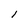
Character: l